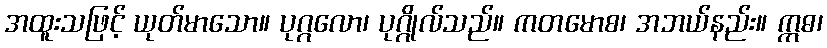
အထူးသဖြင့် ယုတ်မာသော။ ပုဂ္ဂလော၊ ပုဂ္ဂိုလ်သည်။ ကတမောစ၊ အဘယ်နည်း။ ဣဓ၊